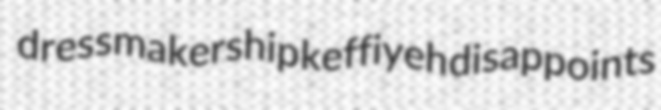
dressmakership keffiyeh disappoints